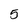
Character: 5